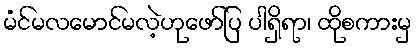
မံင်မလမောင်မလဲ့ဟုဖော်ပြ ပါရှိရာ၊ ထိုစကားမှ